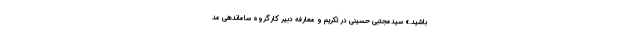
باشید.» سیدمجتبی حسینی در تکریم و معارفه دبیر کارگروه ساماندهی مد